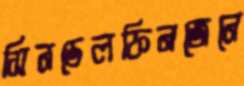
সিনডেলফিনজেনে